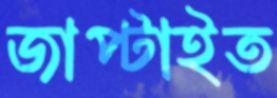
জাপ্‌টাইত